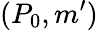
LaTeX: (P_{0},m^{\prime})